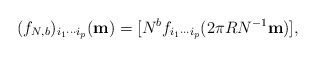
\begin{align*}(f_{N,b} )_{i_{1} \cdots i_{p} } ({\bf m}) =[N^{b} f_{i_{1} \cdots i_{p} } (2\pi R N^{-1} {\bf m})],\end{align*}